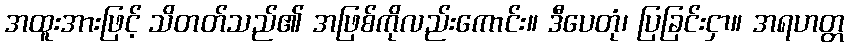
အထူးအားဖြင့် သိတတ်သည်၏ အဖြစ်ကိုလည်းကောင်း။ ဒီပေတုံ၊ ပြခြင်းငှာ။ အရဟတ္တ